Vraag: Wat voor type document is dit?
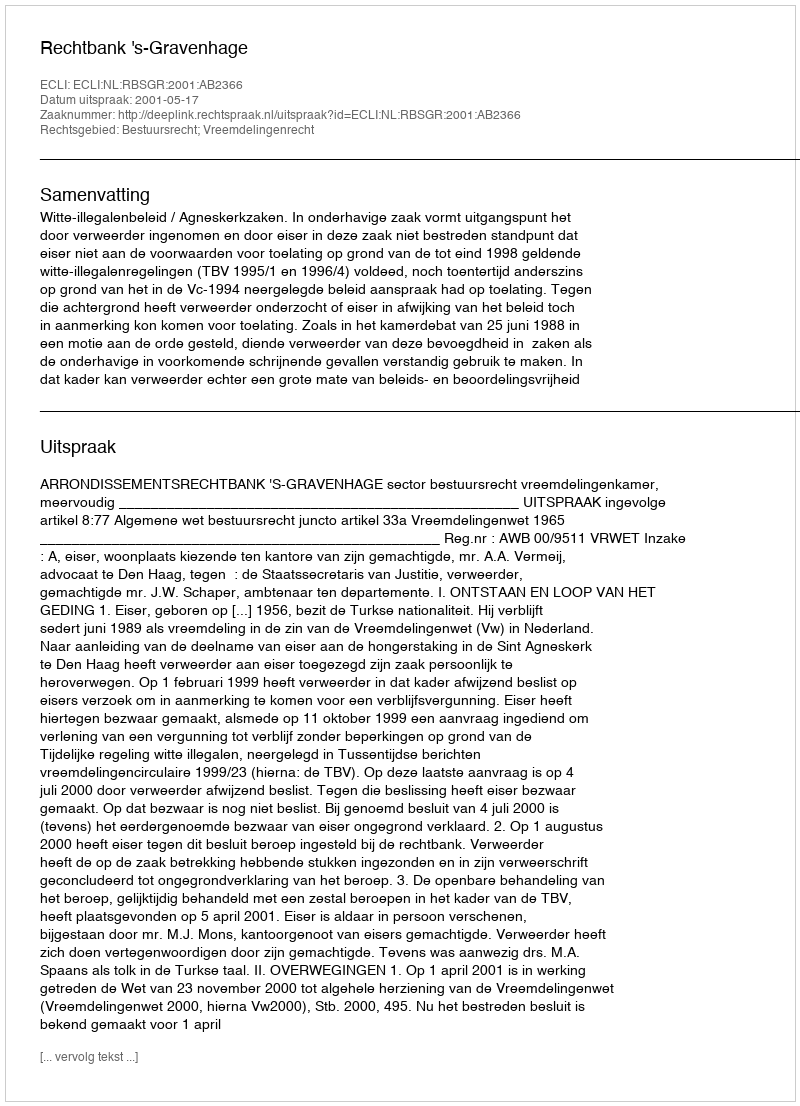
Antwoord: Uitspraak